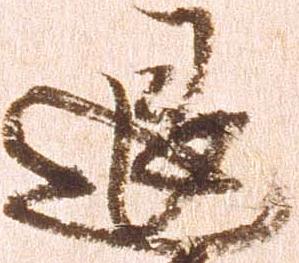
退